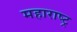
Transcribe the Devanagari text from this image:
महाराष्‍ट्र